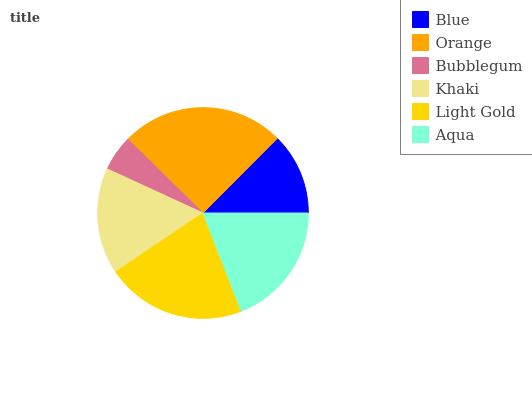
| Blue | Orange | Bubblegum | Khaki | Light Gold | Aqua |
 | --- | --- | --- | --- | --- | --- |
 | 12.5% | 25.1% | 5.51% | 16.2% | 21.5% | 19.1% |